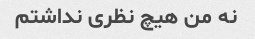
نه من هیچ نظری نداشتم